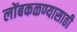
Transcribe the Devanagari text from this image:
लोंबकळण्यासाठी